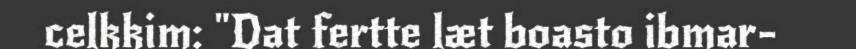
celkkim: "Dat fertte læt boasto ibmar-